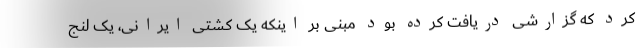
کرد که گزارشی دریافت کرده بود مبنی بر اینکه یک کشتی ایرانی، یک لنج